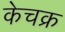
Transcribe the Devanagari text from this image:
केचक्र